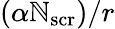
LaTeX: (\alpha\mathbb{N}_{\mathrm{{scr}}})/r